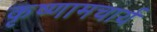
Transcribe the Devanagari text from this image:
कृष्णामचार्य